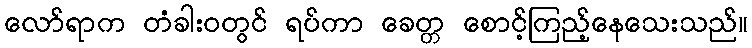
လော်ရာက တံခါးဝတွင် ရပ်ကာ ခေတ္တ စောင့်ကြည့်နေသေးသည်။